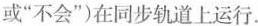
或“不会”)在同步轨道上运行.